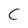
Character: C